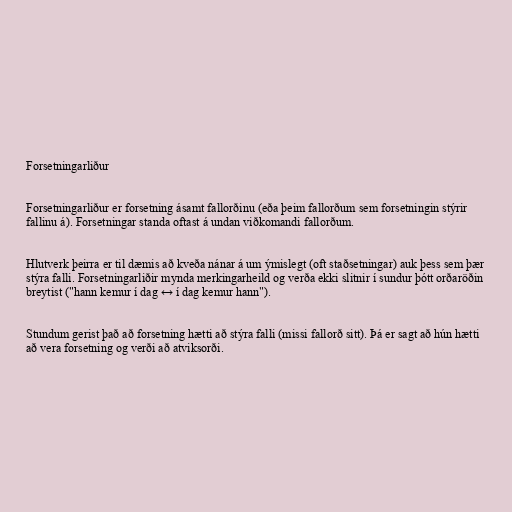
Forsetningarliður

Forsetningarliður er forsetning ásamt fallorðinu (eða þeim fallorðum sem forsetningin stýrir
fallinu á). Forsetningar standa oftast á undan viðkomandi fallorðum.

Hlutverk þeirra er til dæmis að kveða nánar á um ýmislegt (oft staðsetningar) auk þess sem þær
stýra falli. Forsetningarliðir mynda merkingarheild og verða ekki slitnir í sundur þótt orðaröðin
breytist ("hann kemur í dag ↔ í dag kemur hann").

Stundum gerist það að forsetning hætti að stýra falli (missi fallorð sitt). Þá er sagt að hún hætti
að vera forsetning og verði að atviksorði.